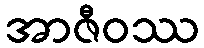
အာဇီဝဿ